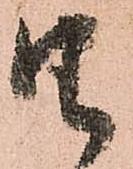
由